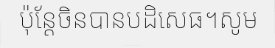
ប៉ុន្តែចិនបានបដិសេធ។សូម